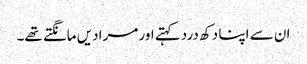
ان سے اپنا دکھ درد کہتے اور مرادیں مانگتے تھے۔